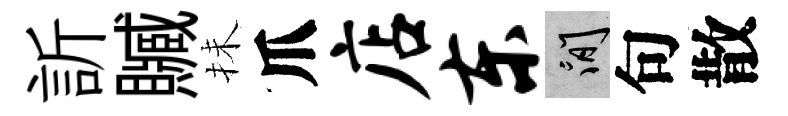
訢贓抺爪店东閑句散